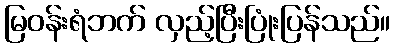
မြဝန်းရံဘက် လှည့်ပြီးပြုံးပြန်သည်။